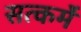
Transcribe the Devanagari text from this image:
सत्कर्मे